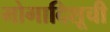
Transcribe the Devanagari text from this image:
मोगादिशूची